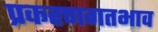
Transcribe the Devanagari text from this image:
प्रकरणगतभाव